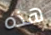
هذه